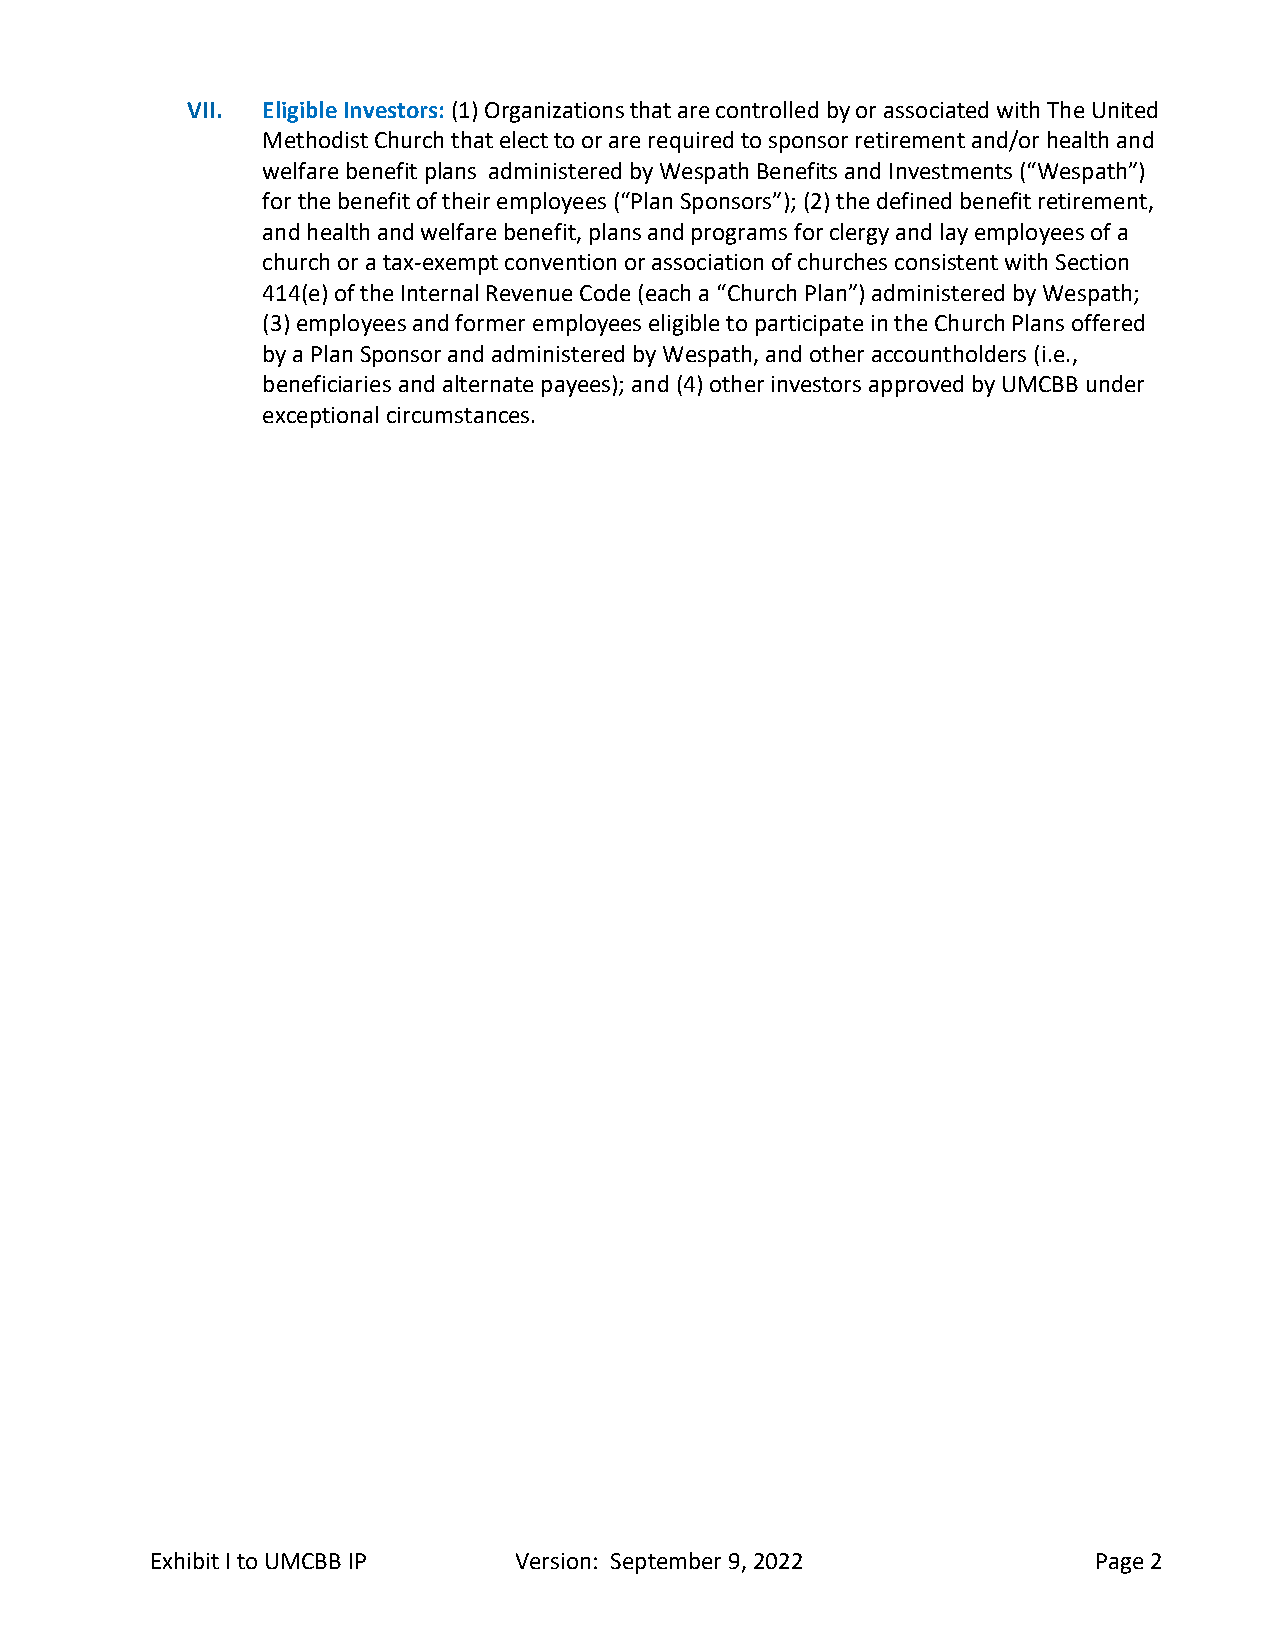
VII. Eligible Investors: (1) Organizations that are controlled by or associated with The United
 Methodist Church that elect to or are required to sponsor retirement and/or health and
 welfare benefit plans administered by Wespath Benefits and Investments (“Wespath”)
 for the benefit of their employees (“Plan Sponsors”); (2) the defined benefit retirement,
 and health and welfare benefit, plans and programs for clergy and lay employees of a
 church or a tax-exempt convention or association of churches consistent with Section
 414(e) of the Internal Revenue Code (each a “Church Plan”) administered by Wespath;
 (3) employees and former employees eligible to participate in the Church Plans offered
 by a Plan Sponsor and administered by Wespath, and other accountholders (i.e.,
 beneficiaries and alternate payees); and (4) other investors approved by UMCBB under
 exceptional circumstances.
 Exhibit I to UMCBB IP   Version: September 9, 2022             Page 2